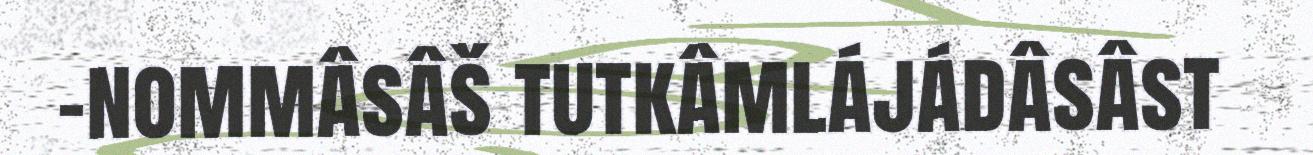
-nommâsâš tutkâmlájádâsâst